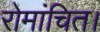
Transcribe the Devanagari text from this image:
रोमांचित।